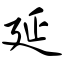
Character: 延